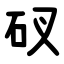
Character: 䂘